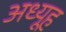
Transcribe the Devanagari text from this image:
अध्यूह